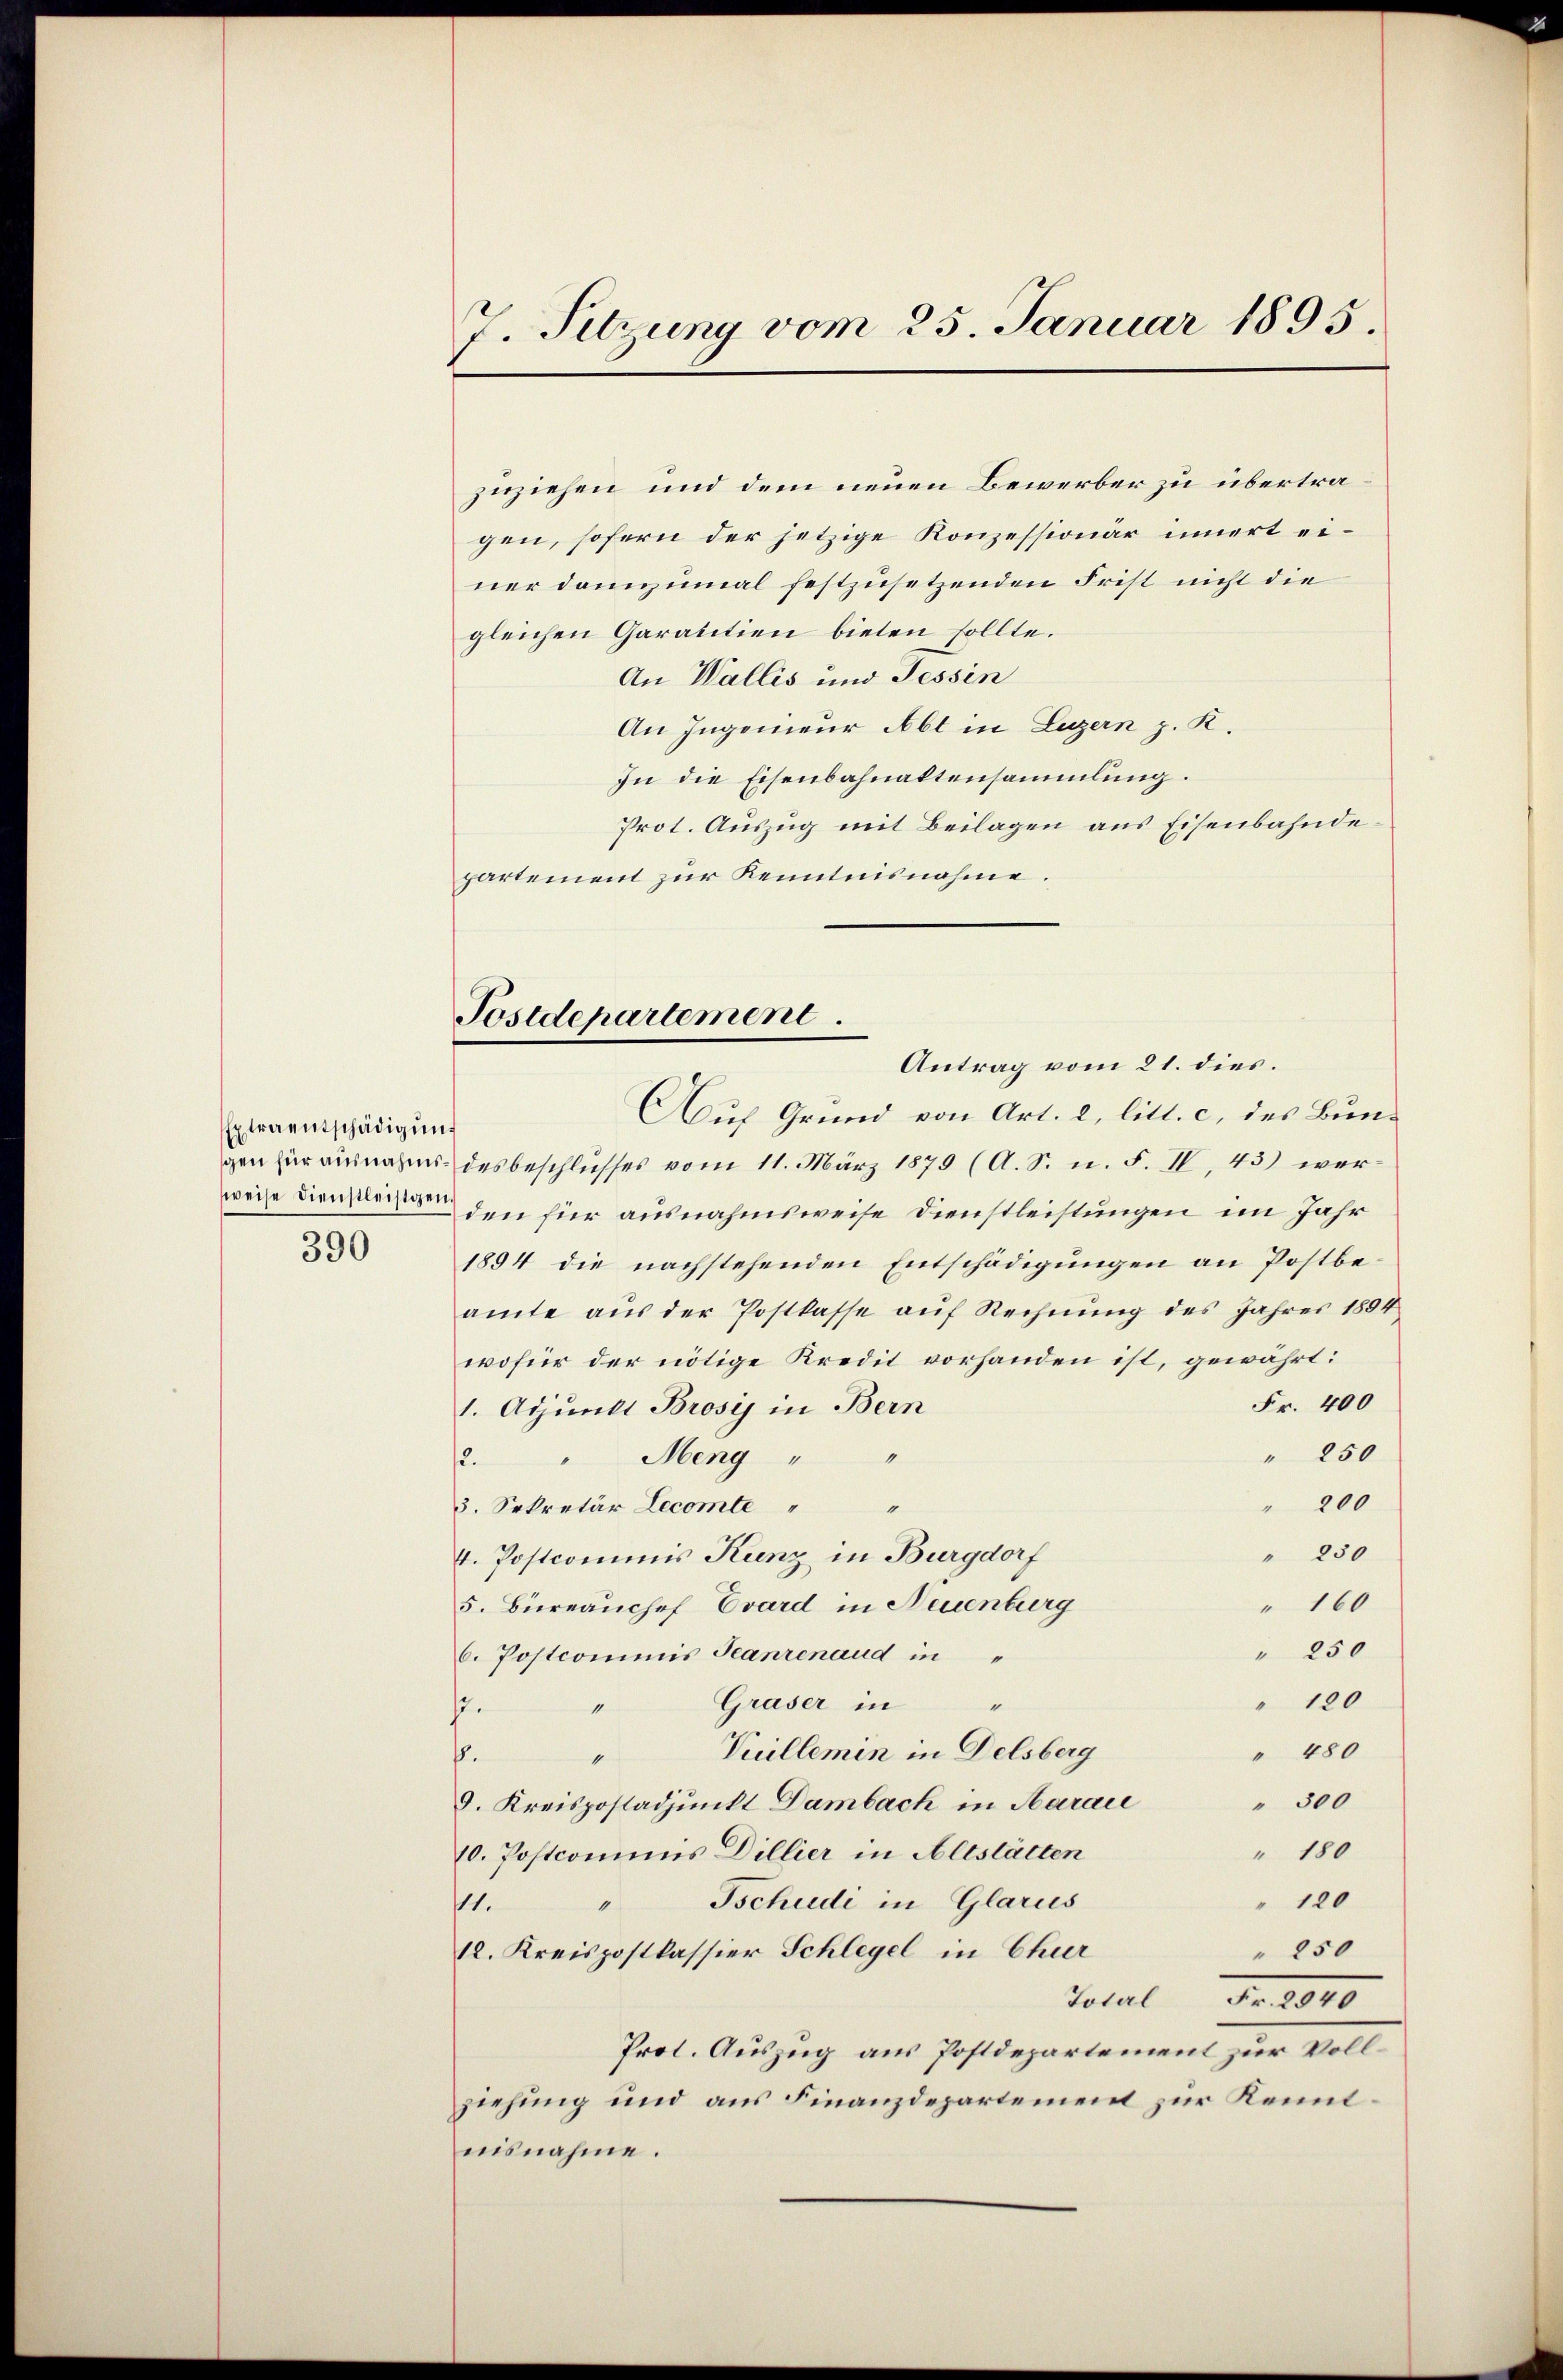
Extraentschädigŭng
sweise Dienstleisigen.
390

7. Sitzung vom 25. Januar 1895.

zuziehen und dem neuen Bewerber zu übertragen, sofern der jetzige Konzessionär innert einer dannzumal festzusetzenden Frist nicht die
gleichen Garantien bieten sollte.
An Wallis und Tessin
An Ingenieur Abt in Luzern p. K.
In die Eisenbahnaktensammlung.
Prot. Auszug mit Beilagen aus Eisenbahndepartement zur Kenntnisnahme.
Antrag vom 21. dies.
Auf Grund von Art. 2, litt. c. des Bungen für ausnahms des beschlusses vom 11. März 1879 (A. S. n. F. IV. 43) werden für ausnahmsweise Dienstleistungen im Jahr
1894 die nachstehenden Entschädigungen an Postbeamte aŭs der Postkasse aŭf Rechnŭng des Jahres 1894
wofür der nötige Kredit vorhanden ist, gewährt:
Fr. 400
1. Adjunkt Brosis in Bern
" 250
2. " Meng " "
" 200
"
3. Sekretär Lecomte
" 230
4. Postcommis Kunz in Burgdorf
" 160
5. Büreauchef Evard in Neuenburg
" 250
6. Postcommis Jeanrenaud in "
" 120
" Graser in "
s.
" 480
Vuillemin in Delsberg
6.
“
" 300
9. Kreispostadjunkt Dambach in Haraić
" 180
10. Postcommis Dillier in Altstätten
" 120
Tschudi in Glarus
1
11.
" 250
12. Kreispostkassier Schlegel in Chur
Total Fr. 1040
Prot. Auszug aus Postdepartement zur Vollziehung und aus Finanzdepartement zur Kenntnisnahme.

Postdepartement.